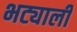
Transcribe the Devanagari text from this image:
भट्याली